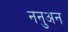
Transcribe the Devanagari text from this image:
ननुअन